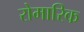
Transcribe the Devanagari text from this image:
रोमारिक